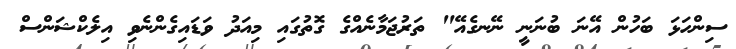
ސިންހަޅަ ބަހުން އޭނަ ބުނަނީ ނޭނގެއޭ" ތަރުޖަމާނެއްގެ ގޮތުގައި މިއަދު ވަޑައިގެންނެވި އިލެކްޝަންސް